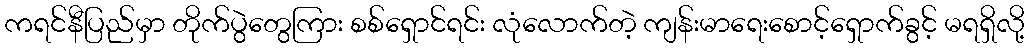
ကရင်နီပြည်မှာ တိုက်ပွဲတွေကြား စစ်ရှောင်ရင်း လုံလောက်တဲ့ ကျန်းမာရေးစောင့်ရှောက်ခွင့် မရရှိလို့